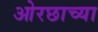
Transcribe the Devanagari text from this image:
ओरछाच्या